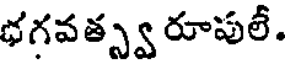
భగవత్స్వ రూపులీ.